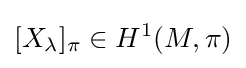
[X_{\lambda }]_{\pi }\in H^{1}(M,\pi )